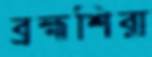
ব্রহ্মশিরা